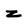
Character: z